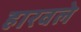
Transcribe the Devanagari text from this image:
हारवले